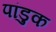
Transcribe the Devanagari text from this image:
पांडुक